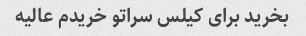
بخرید برای کیلس سراتو خریدم عالیه